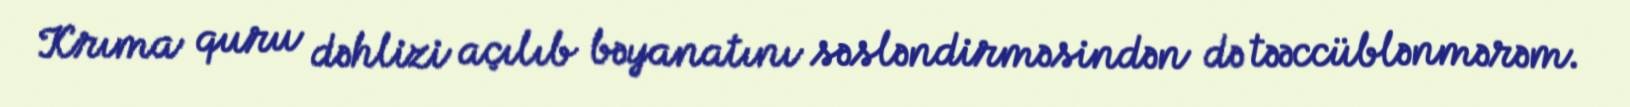
Krıma quru dəhlizi açılıb bəyanatını səsləndirməsindən də təəccüblənmərəm.